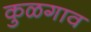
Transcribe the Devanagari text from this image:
कुळगाव